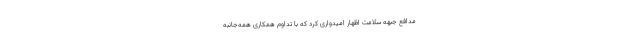
مدافع جبهه سلامت اظهار امیدواری کرد که با تداوم همکاری‌ همه‌جانبه